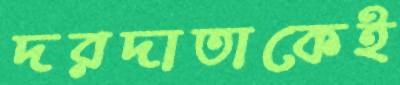
দরদাতাকেই